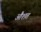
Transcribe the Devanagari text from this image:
औशत